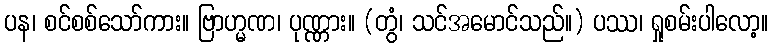
ပန၊ စင်စစ်သော်ကား။ ဗြာဟ္မဏ၊ ပုဏ္ဏား။ (တွံ၊ သင်အမောင်သည်။) ပဿ၊ ရှုစမ်းပါလော့။